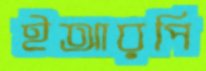
ইআরপি